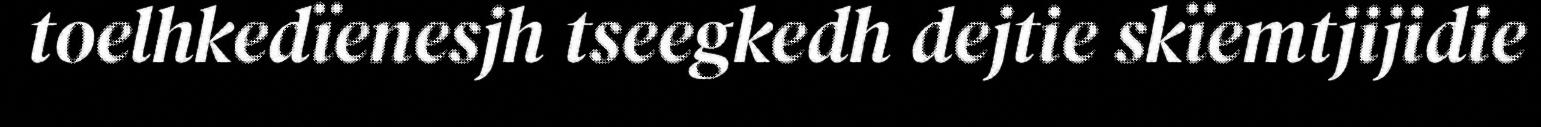
toelhkedïenesjh tseegkedh dejtie skïemtjijidie